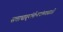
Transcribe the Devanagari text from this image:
सत्ताधार्‍यांनीच्त्यांच्यासाठी